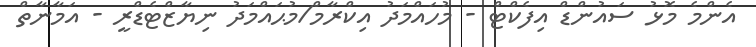
އެންމެ މޮޅު ސައުންޑް އިފެކްޓް - މުހައްމަދު އިކްރާމް/މުޙައްމަދު ނިޔާޒްޓެޑްރީ - އަމާނާތް